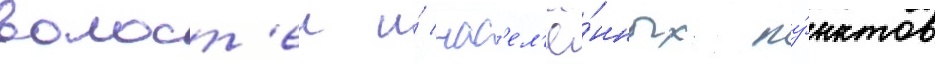
волост'еи и́ нас'ел'ё́нных пу́нктов